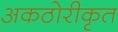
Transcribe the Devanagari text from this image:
अकठोरीकृत